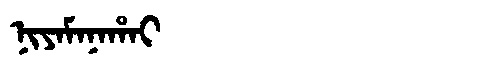
Manchu: ᠨᡳᠶᠠᠮᠠᠨᠠᡥᠠᡳ
Romanization: NIYAMANAHAI